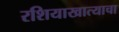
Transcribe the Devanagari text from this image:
रशियाखात्याचा